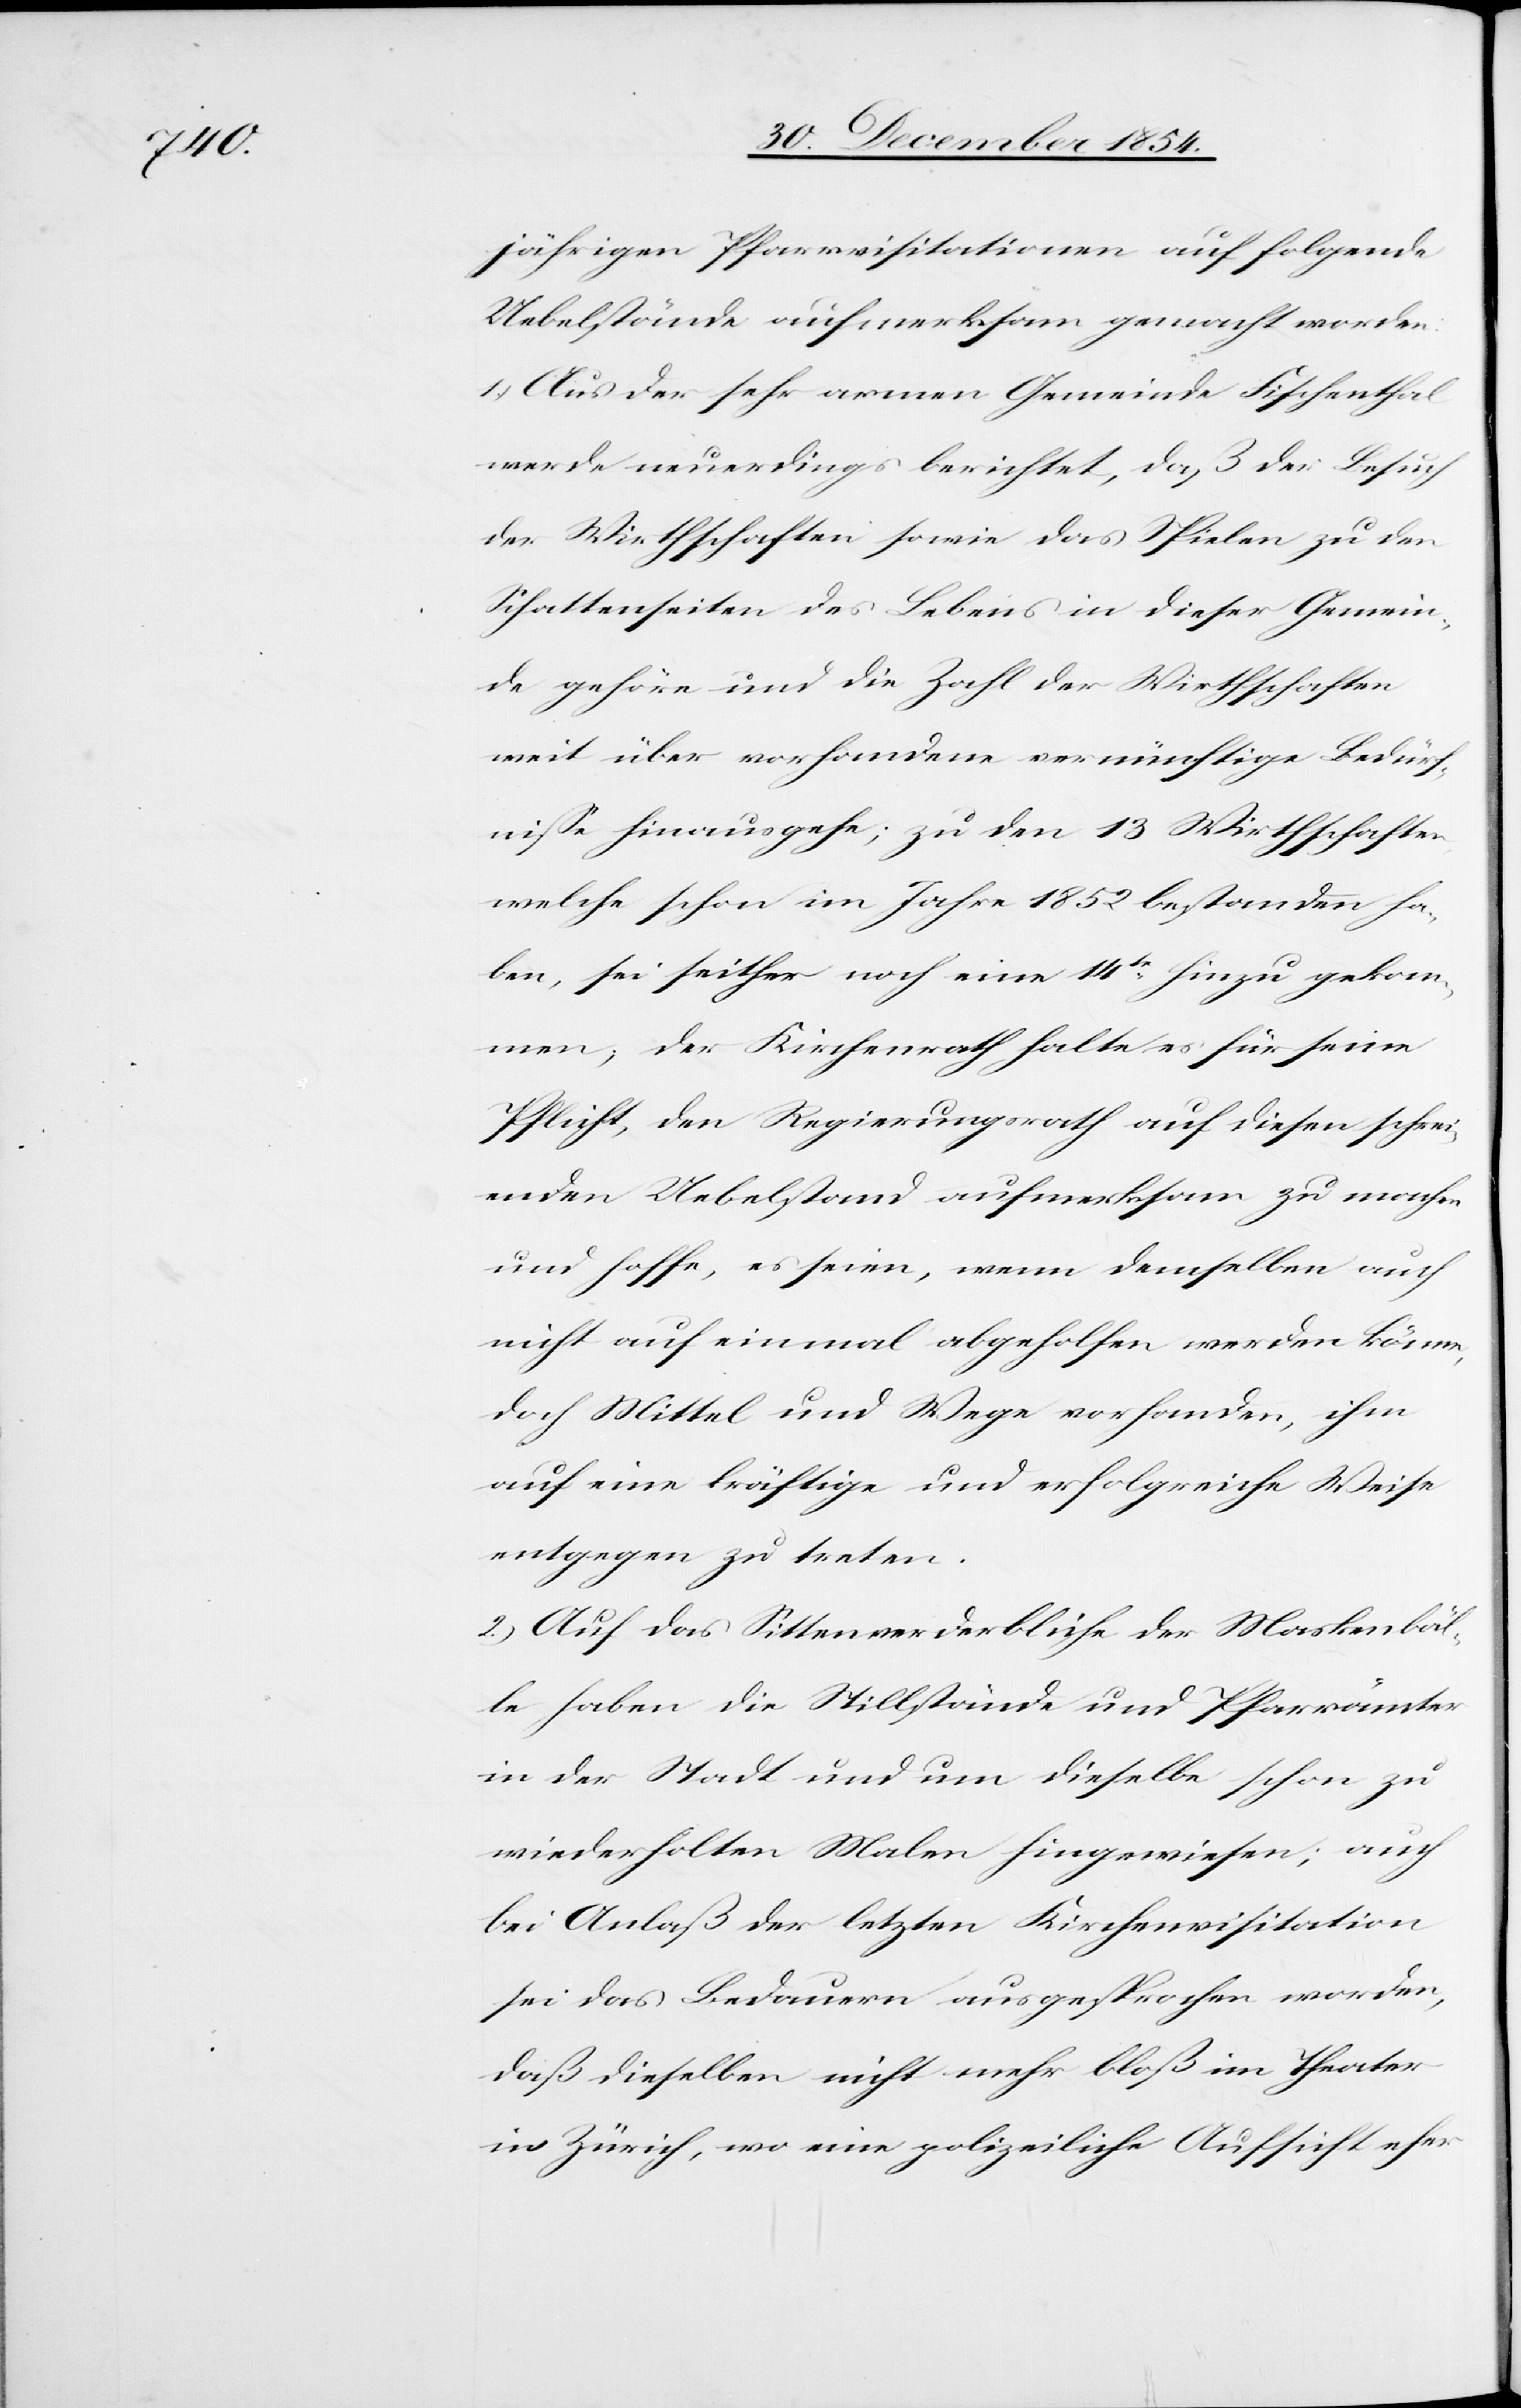
jährigen Pfarreivisitationen auf folgende
Uebelstände aufmerksam gemacht worden:
1.) Aus der sehr armen Gemeinde Fischenthal
werde neuerdings berichtet, daß der Besuch
der Wirthschaften sowie das Spielen zu den
Schattenseiten des Lebens in dieser Gemein¬
de gehöre und die Zahl der Wirthschaften
weit über vorhandene vernünftige Bedürf¬
niße hinausgehe; zu den 13 Wirthschaften,
welche schon im Jahre 1852 bestanden ha¬
ben, sei seither noch eine 14te hinzu gekom¬
men, der Kirchenrath halte es für seine
Pflicht, den Regierungsrath auf diesen schrei¬
enden Uebelstand aufmerksam zu machen
und hoffe, es seien, wenn demselben auch
nicht auf einmal abgeholfen werden könne,
doch Mittel und Wege vorhanden, ihm
auf eine kräftige und erfolgreiche Weise
entgegen zu treten.
2.) Auf das Sittenverderbliche der Maskenbäl¬
le haben die Stillstände und Pfarrämter
in der Stadt und nun dieselbe schon zu
wiederholten Malen hingewiesen; auch
bei Anlaß der letzten Kirchenvisitation
sei das Bedauern ausgesprochen worden,
daß dieselben nicht mehr bloß im Theater
in Zürich, wo eine polizeiliche Aufsicht eher